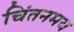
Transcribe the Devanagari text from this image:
चिंतनमय